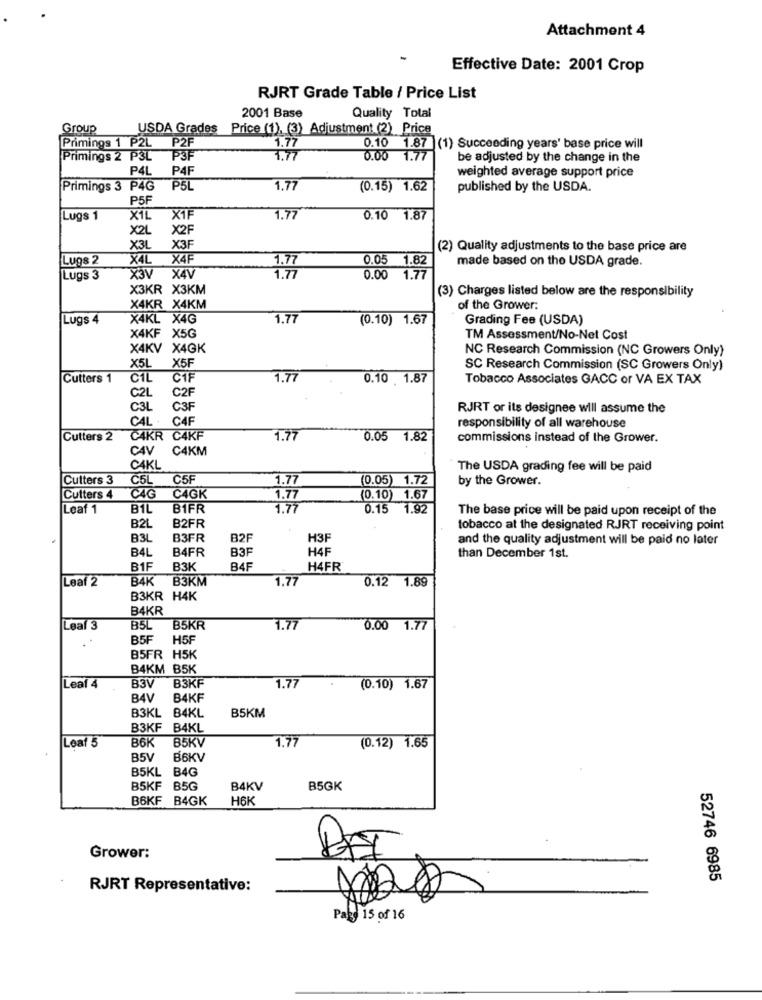
Attachment 4
Effective Date: 2001 Crop
RJRT Grade Table / Price List
2001 Base
Quality Total
Group
USDA Grades
Price (1), (3) Adjustment (2) Price
Primings 1 P2L P2F
1.77
0.10 1.87 (1) Succeeding years' base price will
Primings 2 P3L
P3F
3.77
0.00
1.77
be adjusted by the change in the
P4L
P4F
weighted average support price
Primings 3 P4G
P5L
1,77
(0.15) 1.62
published by the USDA.
P5F
Lugs 1
X1L
X1F
1.77
0.10 1.87
X2L
X2F
X3L X3F
(2) Quality adjustments to the base price are
Lugs 2
X4L
X4F
0.05 1.82
made based on the USDA grade.
1.77
Lugs 3
X3V
X4V
1.77
0.00 1.77
X3KR X3KM
(3) Charges listed below are the responsibility
X4KR X4KM
of the Grower:
Lugs
X4KL X4G
1.77
(0.10) 1.67
Grading Fee (USDA)
X4KF X5G
TM Assessment/No-Net Cost
X4KV X4GK
NC Research Commission (NC Growers Only)
X5L X5F
SC Research Commission (SC Growers Only)
Cutters 1
CIL
CIF
1.77
0.10 1.87
Tobacco Associates GACC or VA EX TAX
C2L
C2F
C3L
C3F
RJRT or its designee will assume the
CAL . C4F
responsibility of all warehouse
Cutters 2
CAKR C4KF
1.77
0.05 1.82
commissions instead of the Grower.
CAV
C4KM
CAKL
The USDA grading fee will be paid
Cutters 3
C5L C5F
1.77
(0.05) 1.72
by the Grower.
Cutters 4
CAG
C4GK
1.77
0.10) 1.67
Leaf 1
BIL
BIFR
1.7
0.15 1.92
The base price will be paid upon receipt of the
B2FR
B2L
tobacco at the designated RJRT receiving point
B3L
B3FR
B2F
H3F
and the quality adjustment will be paid no later
B41
B4FR
B3F
H4F
than December 1st.
B1F
B3K
B4F
H4FR
Leaf 2
B4K
В3КМ
1.77
0.12 1.89
B3KR H4K
B4KR
Leaf 3
B5L
B5KR
1.7
0.00 1.77
B5F
H5F
B5FR H5K
B4KM B5K
B3V
Leaf 4
B3KF
1.77
(0.10) 1.67
B4V
B4KF
B3KL B4KL
B5KM
B3KF B4KL
Leaf 5
36K
B5KV
1.77
(0.12) 1.65
B51
B6KV
B5KL
B4G
B5KF B5G
B4KV
B5GK
B6KF B4GK
H6K
Grower:
52746 6985
RJRT Representative:
Page 15 of 16